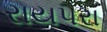
રાયપરા